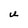
Character: U